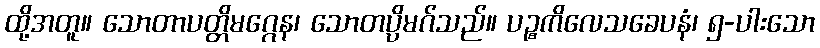
ထို့အတူ။ သောတာပတ္တိမဂ္ဂေန၊ သောတပ္ပိမဂ်သည်။ ပဉ္စကိလေသခေပနံ၊ ၅-ပါးသော